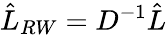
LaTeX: \hat{L}_{RW}=D^{-1}\hat{L}